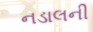
નડાલની